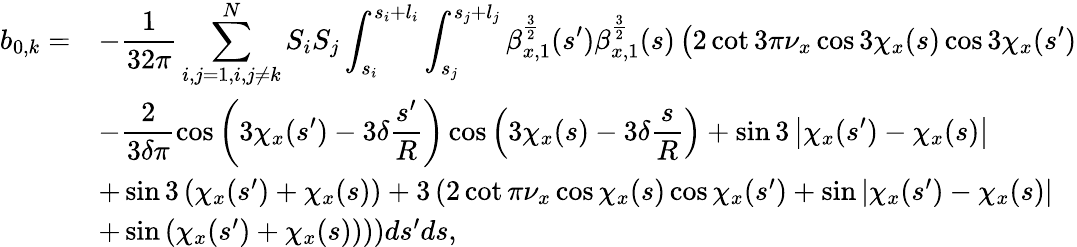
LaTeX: \begin{array}{cl}{\displaystyle b_{0,k}=}&{\displaystyle-\frac{1}{32\pi}\sum_{i,j=1,i,j\neq k}^{N}{S_{i}S_{j}\int_{s_{i}}^{s_{i}+l_{i}}\int_{s_{j}}^{s_{j}+l_{j}}{\beta_{x,1}^{\frac{3}{2}}(s^{\prime})\beta_{x,1}^{\frac{3}{2}}(s)\left(2\cot{3\pi\nu_{x}}\cos{3\chi_{x}(s)}\cos{3\chi_{x}(s^{\prime})}\right.}}}\\ &{\displaystyle-\frac{2}{3\delta\pi}\cos{\left(3\chi_{x}(s^{\prime})-3\delta\frac{s^{\prime}}{R}\right)}\cos{\left(3\chi_{x}(s)-3\delta\frac{s}{R}\right)}+\sin{3\left|\chi_{x}(s^{\prime})-\chi_{x}(s)\right|}}\\ &{\left.+\sin{3\left(\chi_{x}(s^{\prime})+\chi_{x}(s)\right)}+3\left(2\cot{\pi\nu_{x}}\cos{\chi_{x}(s)}\cos{\chi_{x}(s^{\prime})}+\sin{\left|\chi_{x}(s^{\prime})-\chi_{x}(s)\right|}\right.\right.}\\ &{\left.\left.+\sin{\left(\chi_{x}(s^{\prime})+\chi_{x}(s)\right)}\right)\right)ds^{\prime}ds,}\end{array}